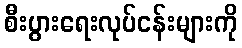
စီးပွားရေးလုပ်ငန်းများကို